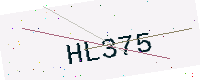
Text: HL375